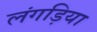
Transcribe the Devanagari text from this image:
लंगड़िया